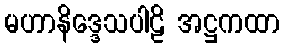
မဟာနိဒ္ဒေသပါဠိ အဋ္ဌကထာ